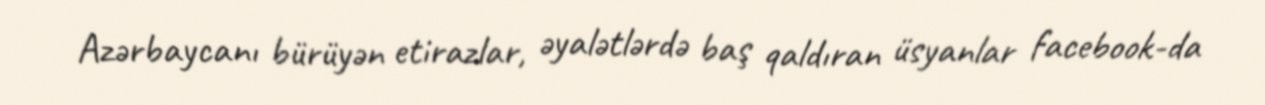
Azərbaycanı bürüyən etirazlar, əyalətlərdə baş qaldıran üsyanlar facebook-da